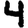
Digit: 4